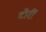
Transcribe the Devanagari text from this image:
टोर्री